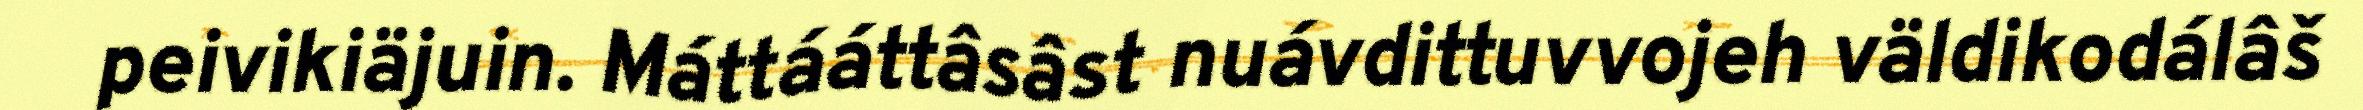
peivikiäjuin. Máttááttâsâst nuávdittuvvojeh väldikodálâš